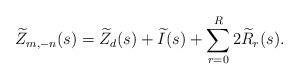
LaTeX: \begin{align*}\widetilde{Z}_{m,-n}(s) = \widetilde{Z}_d(s) + \widetilde{I}(s) + \sum_{r=0}^R 2\widetilde{R}_r(s).\end{align*}